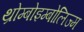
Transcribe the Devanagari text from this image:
थ्रोम्बोइम्बोलिज्म